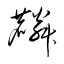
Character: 麟